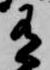
有